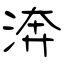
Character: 渀